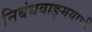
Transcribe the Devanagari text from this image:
निबंधवाङ्‌मयाची